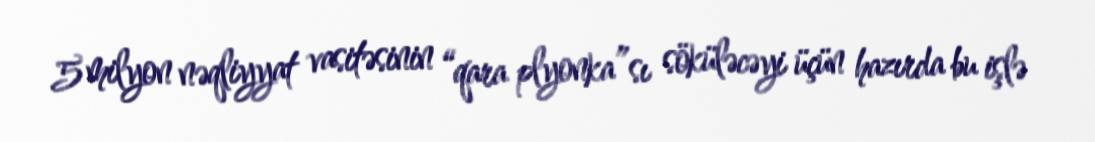
5 milyon nəqliyyat vasitəsinin “qara plyonka”sı söküləcəyi üçün hazırda bu işlə